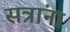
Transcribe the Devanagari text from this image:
सत्रांना